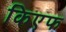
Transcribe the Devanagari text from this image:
किएफ